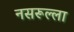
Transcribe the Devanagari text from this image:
नसरूल्ला